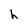
Character: h